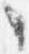
々